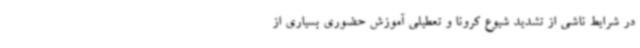
در شرایط ناشی از تشدید شیوع کرونا و تعطیلی آموزش حضوری بسیاری از